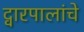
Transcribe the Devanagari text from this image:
द्वारपालांचे